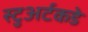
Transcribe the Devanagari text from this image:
स्टुअर्टकडे